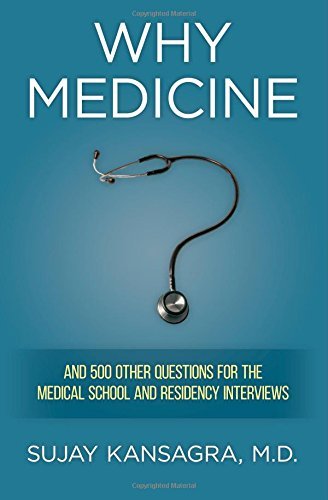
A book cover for By Sujay Kansagra MD Why Medicine?: And 500 Other Questions for the Medical School and Residency Interviews; Education & Teaching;